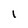
Character: l